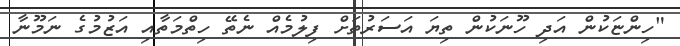
"ހިންޏަކުން އަދި ހޫނަކުން ތިޔަ އަސަރުތަށް ފިލުމެއް ނެތޭ ހިތްމަތާއި އަޒުމުގެ ނަމޫނާ